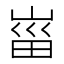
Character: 𡸟